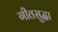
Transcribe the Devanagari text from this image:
गीतसुद्धा